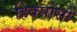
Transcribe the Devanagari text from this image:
हिक्सोसों